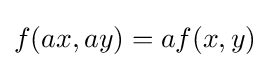
f(ax,ay)=af(x,y)